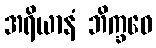
အရိယာနံ ဘိက္ခဝေ